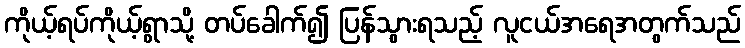
ကိုယ့်ရပ်ကိုယ့်ရွာသို့ တပ်ခေါက်၍ ပြန်သွားရသည့် လူငယ်အရေအတွက်သည်